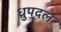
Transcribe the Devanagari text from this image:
ध्रुपदल